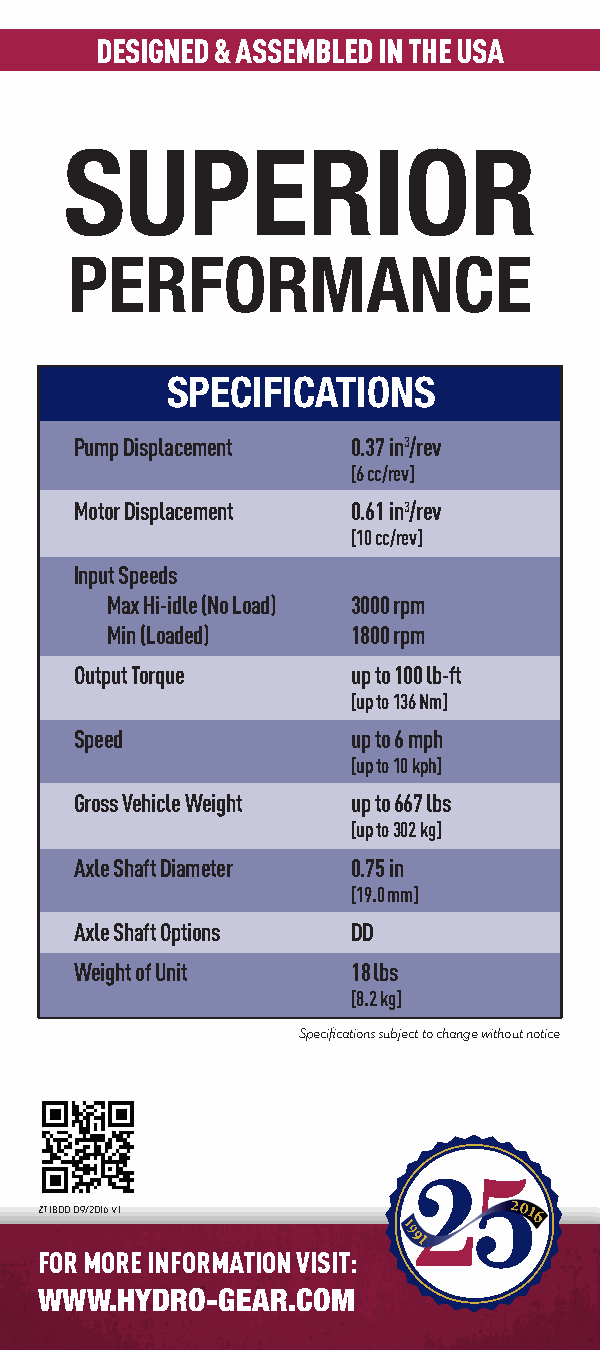
DESIGNED & ASSEMBLED IN THE USA
 SUPERIOR
 PERFORMANCE
 SPECIFICATIONS
 Pump Displacement 0.37 in3/rev
 [6 cc/rev]
 Motor Displacement 0.61 in3/rev
 [10 cc/rev]
 Input Speeds
 Max Hi-idle (No Load) 3000 rpm
 Min (Loaded)    1800 rpm
 Output Torque     up to 100 lb-ft
 [up to 136 Nm]
 Speed             up to 6 mph
 [up to 10 kph]
 Gross Vehicle Weight up to 667 lbs
 [up to 302 kg]
 Axle Shaft Diameter 0.75 in
 [19.0 mm]
 Axle Shaft Options DD
 Weight of Unit    18 lbs
 [8.2 kg]
 Specifications subject to change without notice
 ZT1800-09/2016-V1
 FOR MORE INFORMATION VISIT:
 WWW.HYDRO-GEAR.COM